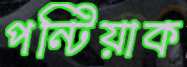
পন্টিয়াক